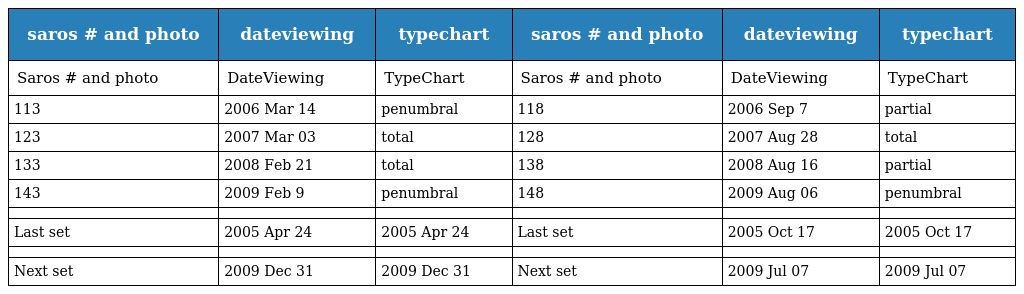
| saros # and photo | dateviewing | typechart | saros # and photo | dateviewing | typechart |
 | --- | --- | --- | --- | --- | --- |
 | Saros # and photo | DateViewing | TypeChart | Saros # and photo | DateViewing | TypeChart |
 | 113 | 2006 Mar 14 | penumbral | 118 | 2006 Sep 7 | partial |
 | 123 | 2007 Mar 03 | total | 128 | 2007 Aug 28 | total |
 | 133 | 2008 Feb 21 | total | 138 | 2008 Aug 16 | partial |
 | 143 | 2009 Feb 9 | penumbral | 148 | 2009 Aug 06 | penumbral |
 |  |  |  |  |  |  |
 | Last set | 2005 Apr 24 | 2005 Apr 24 | Last set | 2005 Oct 17 | 2005 Oct 17 |
 |  |  |  |  |  |  |
 | Next set | 2009 Dec 31 | 2009 Dec 31 | Next set | 2009 Jul 07 | 2009 Jul 07 |